Annual administration report of the Civil Veterinary Department of India - 1897-1898
Year: 1897
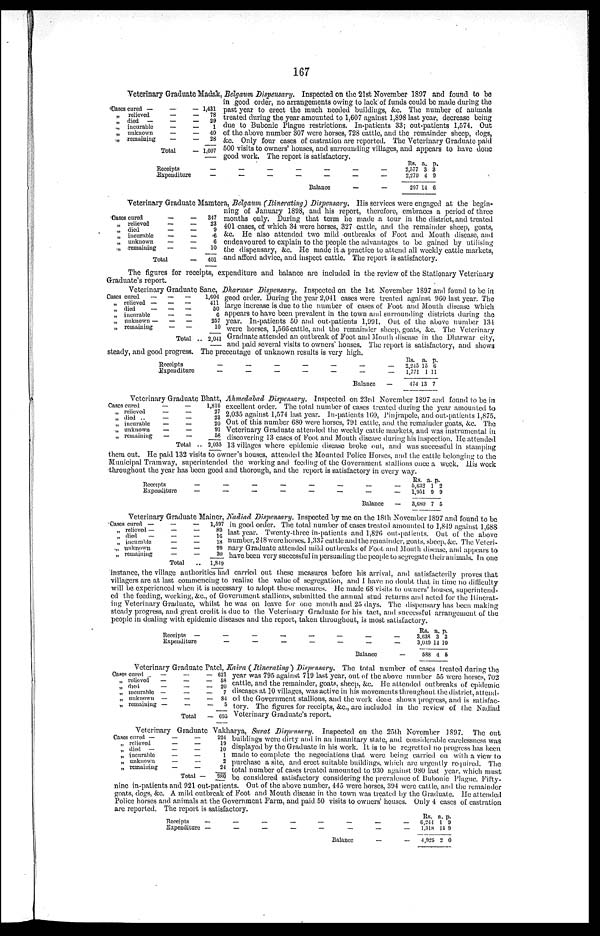
167
Veterinary Graduate Madak, Belgaum Dispensary. Inspected on the 21st November 1897 and found to be
in good order, no arrangements owing to lack of funds could be made during the
past year to erect the much needed buildings, &c. The number of animals
treated during the year amounted to 1,607 against 1,898 last year, decrease being
due to Bubonic Plague restrictions. In-patients 33; out-patients 1,574. Out
of the above number 307 were horses, 728 cattle, and the remainder sheep, dogs,
&c. Only four cases of castration are reported. The Veterinary Graduate paid
500 visits to owners' houses, and surrounding villages, and appears to have done
good work. The report is satisfactory.
Cases cured —
„
relieved
„ died
—
„
incurable
„
unknown
„
remaining
—
—
—
—
—
—
Total
— 1,431
—
78
—
29
—
1
—
40
—
28
— 1,607
Receipts
Expenditure
—
—
—
—
—
—
—
—
—
—
Balance
—
—
—
—
—
—
Rs.
2,577
2,279
297
a.
3
4
14
p.
3
9
6
Veterinary Graduate Mamtora, Belgaum (Itinerating) Dispensary. His services were engaged at the begin-
ning of January 1898, and his report, therefore, embraces a period of three
months only. During that term he made a tour in the district, and treated
401 cases, of which 34 were horses, 327 cattle, and the remainder sheep, goats,
&c. He also attended two mild outbreaks of Foot and Mouth disease, and
endeavoured to explain to the people the advantages to be gained by utilising
the dispensary, &c. He made it a practice to attend all weekly cattle markets,
and afford advice, and inspect cattle. The report is satisfactory.
Cases cured
—
„ relieved
—
„ died
—
„ incurable
—
„ unknown
—
„ remaining
—
Total
—
—
—
—
—
—
—
347
23
9
6
0
10
401
The figures for receipts, expenditure and balance are included in the review of the Stationary Veterinary
Graduate's report.
Veterinary Graduate Sanc, Dharwar Dispensary. Inspected on the 1st November 1897 and found to be in
good order. During the year 2,041 cases were treated against 960 last year. The
large increase is due to the number of cases of Foot and Mouth disease which
appears to have been prevalent in the town and surrounding districts during the
year. In-patients 50 and out-patients 1,991. Out of the above number 134
were horses, 1,566 cattle, and the remainder sheep, goats, &c. The Veterinary
Graduate attended an outbreak of Foot and Mouth disease in the Dharwar city,
and paid several visits to owners' houses. The report is satisfactory, and shows
steady, and good progress. The precentage of unknown results is very high.
Oases cured
—
„ relieved —
„ died
—
„ incurable
„ unknown —
„ remaining
— —
— —
— —
— —
— —
— —
Total
1,604
411
00
6
257
10
2,041
Receipts
Expenditure
—
—
—
—
—
—
—
—
—
—
—
—
Balance
—
—
—
Rs.
2,245
1,771
474
a.
15
1
13
p.
6
11
7
Veterinary Graduate Bhatt, Ahmedabad Dispensary. Inspected on 23rd November 1897 and found to be in
excellent order. The total number of cases treated during the year amounted to
2,035 against 1,574 last year. In-patients 160, Pinjrapole, and out-patients 1,875.
Out of this number 680 were horses, 791 cattle, and the remainder goats, &c. The
Veterinary Graduate attended the weekly cattle markets, and was instrumental in
discovering 13 cases of Foot and Mouth disease during his inspection. He attended
13 villages where epidemic disease broke out, and was successful in stamping
them out. He paid 132 visits to owner's houses, attended the Mounted Police Horses, and the cattle belonging to the
Municipal Tramway, superintended the working and feeding of the Government stallions once a week. His work
throughout the year has been good and thorough, and the report is satisfactory in every way.
Cases cured
„ relieved
„ died ..
„ incurable
„ unknown
„ remaining
—
—
—
—
—
—
—
—
—
—
—
—
Total
1,816
27
23
20
91
58
. 2,035
Receipts
Expenditure
—
—
—
—
—
—
—
—
—
—
—
—
—
—
Balance
—
—
—
5,632
1,951
3,680
1
9
7
2
9
5
Veterinary Graduate Mainer, Nadind Dispensary. Inspected by me on the 18th November 1897 and found to be
in good order. The total number of cases treated amounted to 1,849 against 1,688
last year. Twenty-three in-patients and 1,826 out-patients. Out of the above
number, 248 were horses, 1,337 cattle and the remainder, goats, sheep, &c. The Veteri-
nary Graduate attended mild outbreaks of Foot and Mouth disease, and appears to
have been very successful in persuading the people to segregate their animals. In one
instance, the village authorities had carried out these measures before his arrival, and satisfactorily proves that
villagers are at last commencing to realize the value of segregation, and I have no doubt that in time no difficulty
will be experienced when it is necessary to adopt these measures. He made 68 visits to owners' houses, superintend-
ed the feeding, working, &c., of Government stallions, submitted the annual stud returns and acted for the Itinerat-
ing Veterinary Graduate, whilst he was on leave for one month and 25 days. The dispensary has been making
steady progress, and great credit is due to the Veterinary Graduate for his tact, and successful arrangement of the
people in dealing with epidemic diseases and the report, taken throughout, is most satisfactory.
Oases cured —
„ relieved —
„ died
—
„ incurable
„ unknown
„ remaining
—
—
—
—
—
—
Total
—
—
—
—
—
—
1,597
89
16
18
99
30
1,849
Receipts
—
Expenditure
—
—
—
—
—
—
—
—
—
—
—
—
Balance
—
—
—
Rs. a. p.
3,638 3 3
3,049 14 10
588 4 5
Veterinary Graduate Patel, Kaira (Itinerating) Dispensary. The total number of cases treated during the
year was 795 against 719 last year, out of the above number 55 were horses, 702
cattle, and the remainder, goats, sheep, &c. He attended outbreaks of epidemic
diseases at 10 villages, was active in his movements throughout the district, attend-
ed the Government stallions, and the work done shows progress, and is satisfac-
tory. The figures for receipts, &c., are included in the review of the Nadiad
Veterinary Graduate's report.
Oases
cured
—
„ relieved
—
„ died
—
„ incurable —
„ unknown —
„ remaining —
—
—
—
—
—
—
Total
— 621
— 68
— 20
—
7
— 84
—
5
— 695
Veterinary Graduate Vakharya, Surat Dispensary. Inspected on the 25th November 1897. The out
buildings were dirty and in an insanitary state, and considerable carelessness was
displayed by the Graduate in his work. It is to be regretted no progress has been
made to complete the negociations that were being carried on with a view to
purchase a site, and erect suitable buildings, which are urgently required. The
total number of cases treated amounted to 930 against 980 last year, which must
be considered satisfactory considering the prevalence of Bubonic Plague. Fifty-
nine in-patients and 921 out-patients. Out of the above number, 445 were horses, 394 were cattle, and the remainder
goats, dogs, &c. A mild outbreak of Foot and Mouth disease in the town was treated by the Graduate. He attended
Police horses and animals at the Government Farm, and paid 50 visits to owners' houses. Only 4 cases of castration
are reported. The report is satisfactory.
Cases cured —
„ relieved
„ died —
„ incurable
„ unknown
„ remaining
—
—
—
—
—
—
—
—
—
—
—
—
Total —
924
19
10
1
2
24
980
Receipts
—
Expenditure —
—
—
—
—
—
—
—
—
—
—
Balance
—
—
-
—
—
-
Rs,
6,244
1,318
4,925
a.
1
15
2
p.
9
9
0